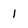
Character: 1